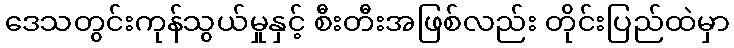
ဒေသတွင်းကုန်သွယ်မှုနှင့် စီးတီးအဖြစ်လည်း တိုင်းပြည်ထဲမှာ